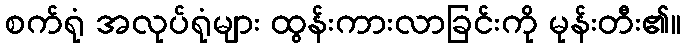
စက်ရုံ အလုပ်ရုံများ ထွန်းကားလာခြင်းကို မုန်းတီး၏။